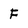
Character: F